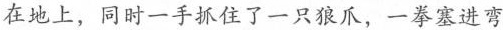
在地上，同时一手抓住了一只狼爪，一拳塞进弯